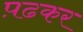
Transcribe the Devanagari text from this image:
प़ढकर